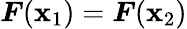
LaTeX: \boldsymbol{F}(\boldsymbol{\mathbf{x}}_{1})=\boldsymbol{F}(\boldsymbol{\mathbf{x}}_{2})